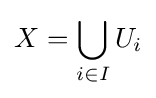
X=\bigcup _{i\in I}U_{i}